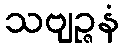
သဗျဉ္ဇနံ